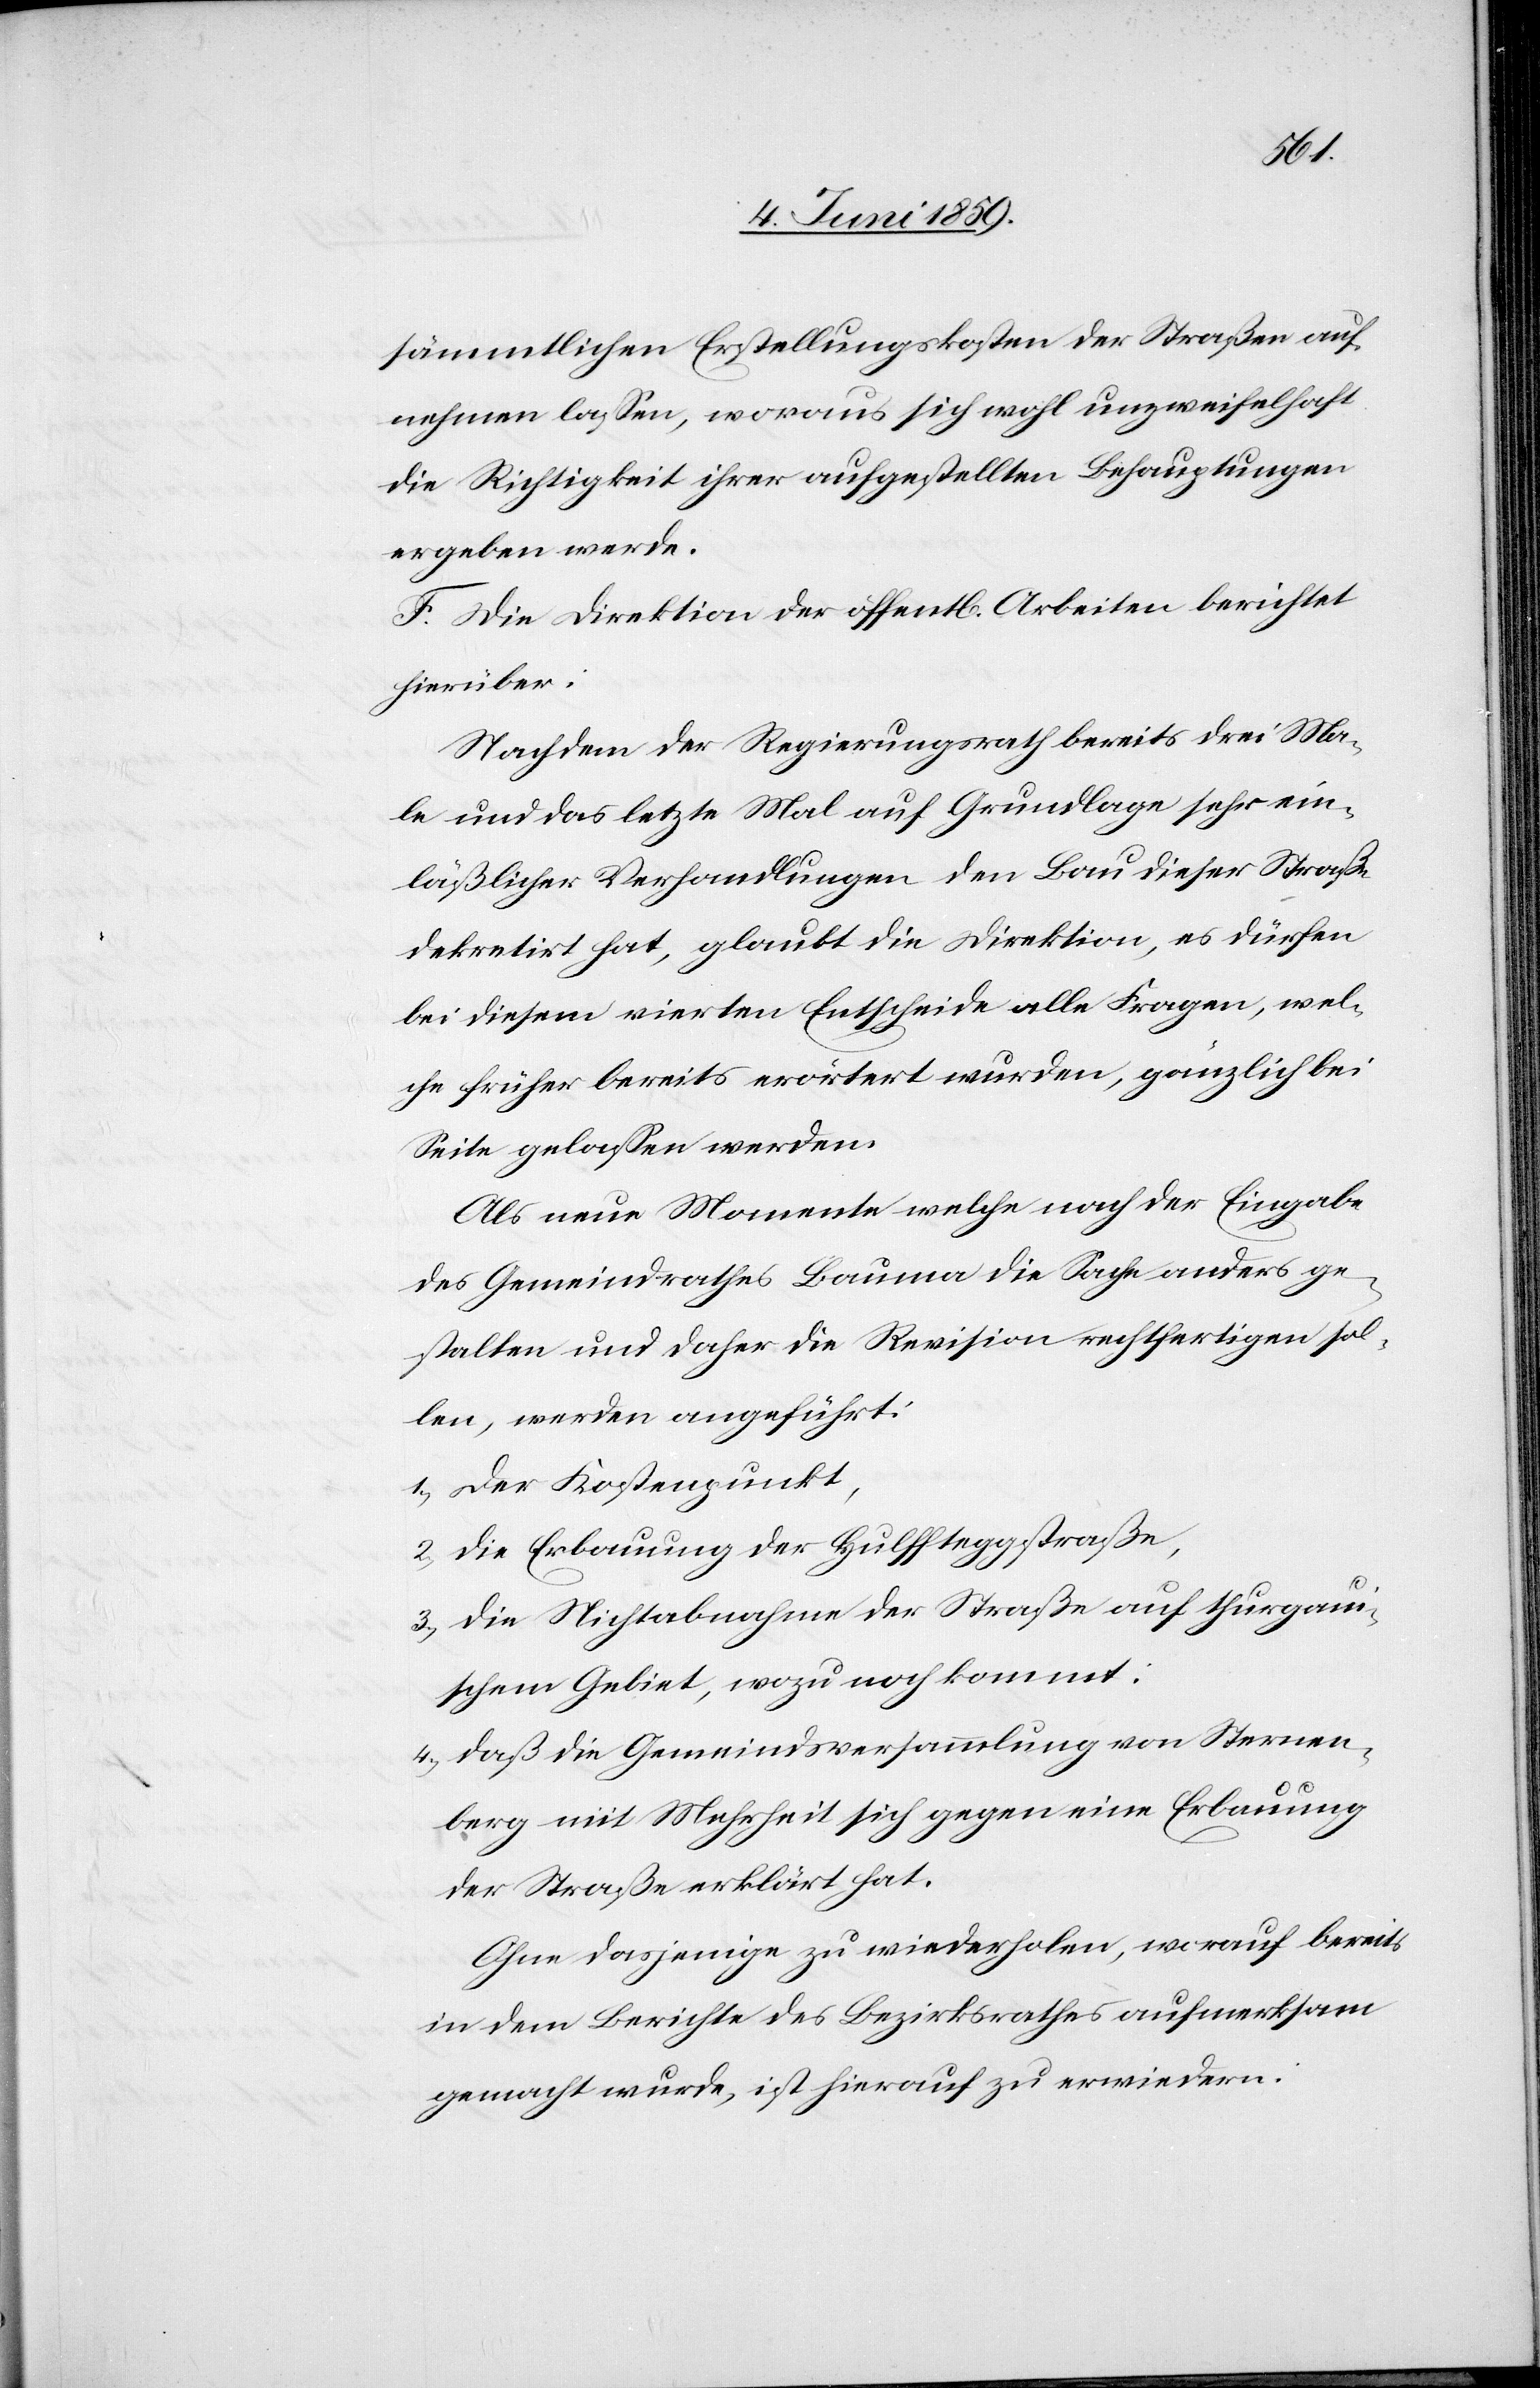
sämmtlichen Erstellungskosten der Straßen auf¬
nehmen lassen, woraus sich wohl unzweifelhaft
die Richtigkeit ihrer aufgestellten Behauptungen
ergeben werde.
F. Die Direktion der öffentl. Arbeiten berichtet
hierüber:
Nachdem der Regierungsrath bereits drei Ma¬
le und das letzte Mal auf Grundlage sehr ein¬
läßlicher Verhandlungen den Bau dieser Straße
dekretirt hat, glaubt die Direktion, es dürfen
bei diesem vierten Entscheide alle Fragen, wel¬
che früher bereits erörtert wurden, gänzlich bei
Seite gelassen werden.
Als neue Momente welche nach der Eingabe
des Gemeindrathes Bauma die Sache anders ge¬
stalten und daher die Revision rechtfertigen sol¬
len, werden angeführt:
1) Der Kostenpunkt,
2) Die Erbauung der Hulffteggstraße,
3) die Nichtabnahme der Straße auf thurgau¬
ischem Gebiet, wozu noch kommt:
4) daß die Gemeindsversammlung von Sternen¬
berg mit Mehrheit sich gegen eine Erbauung
der Straße erklärt hat.
Ohne dasjenige zu wiederholen, worauf bereits
in dem Berichte des Bezirksrathes aufmerksam
gemacht wurde, ist hierauf zu erwiedern: